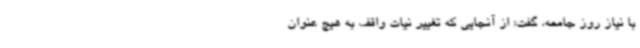
با نیاز روز جامعه، گفت: از آنجایی که تغییر نیات واقف به هیچ عنوان